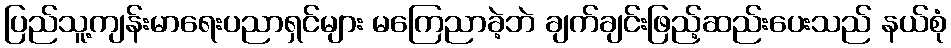
ပြည်သူ့ကျန်းမာရေးပညာရှင်များ မကြေညာခဲ့ဘဲ ချက်ချင်းဖြည့်ဆည်းပေးသည် နယ်စုံ